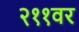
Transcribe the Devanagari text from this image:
२११वर